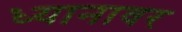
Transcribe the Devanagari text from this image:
ध्यानावर